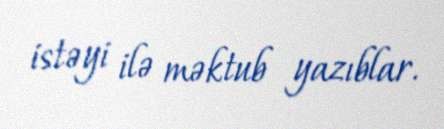
istəyi ilə məktub yazıblar.